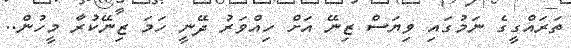
ތަރައްގީގެ ނަމުގައި ވިޔަސް ޒިނޭ އަށް ހިއްވަރު ދޭނީ ހަމަ ޒިނޭކުރާ މީހުން..